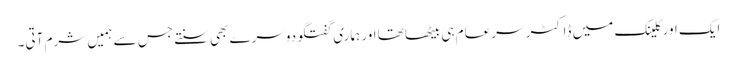
ایک اور کلینک میں ڈاکٹر سرعام ہی بیٹھا تھا اور ہماری گفتگو دوسرے بھی سنتے جس سے ہمیں شرم آتی۔